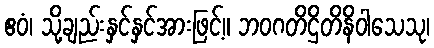
ဧဝံ၊ သို့ချည်းနှင်နှင်အားဖြင့်။ ဘဝဂတိဌိတိနိဝါသေသု၊